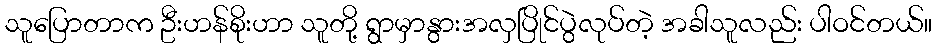
သူပြောတာက ဦးဟန်စိုးဟာ သူတို့ ရွာမှာနွားအလှပြိုင်ပွဲလုပ်တဲ့ အခါသူလည်း ပါဝင်တယ်။